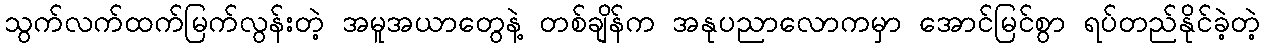
သွက်လက်ထက်မြက်လွန်းတဲ့ အမူအယာတွေနဲ့ တစ်ချိန်က အနုပညာလောကမှာ အောင်မြင်စွာ ရပ်တည်နိုင်ခဲ့တဲ့